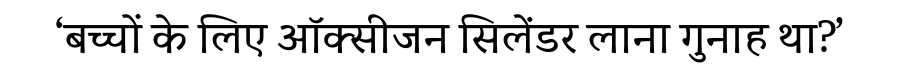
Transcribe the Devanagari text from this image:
‘बच्चों के लिए ऑक्सीजन सिलेंडर लाना गुनाह था?’